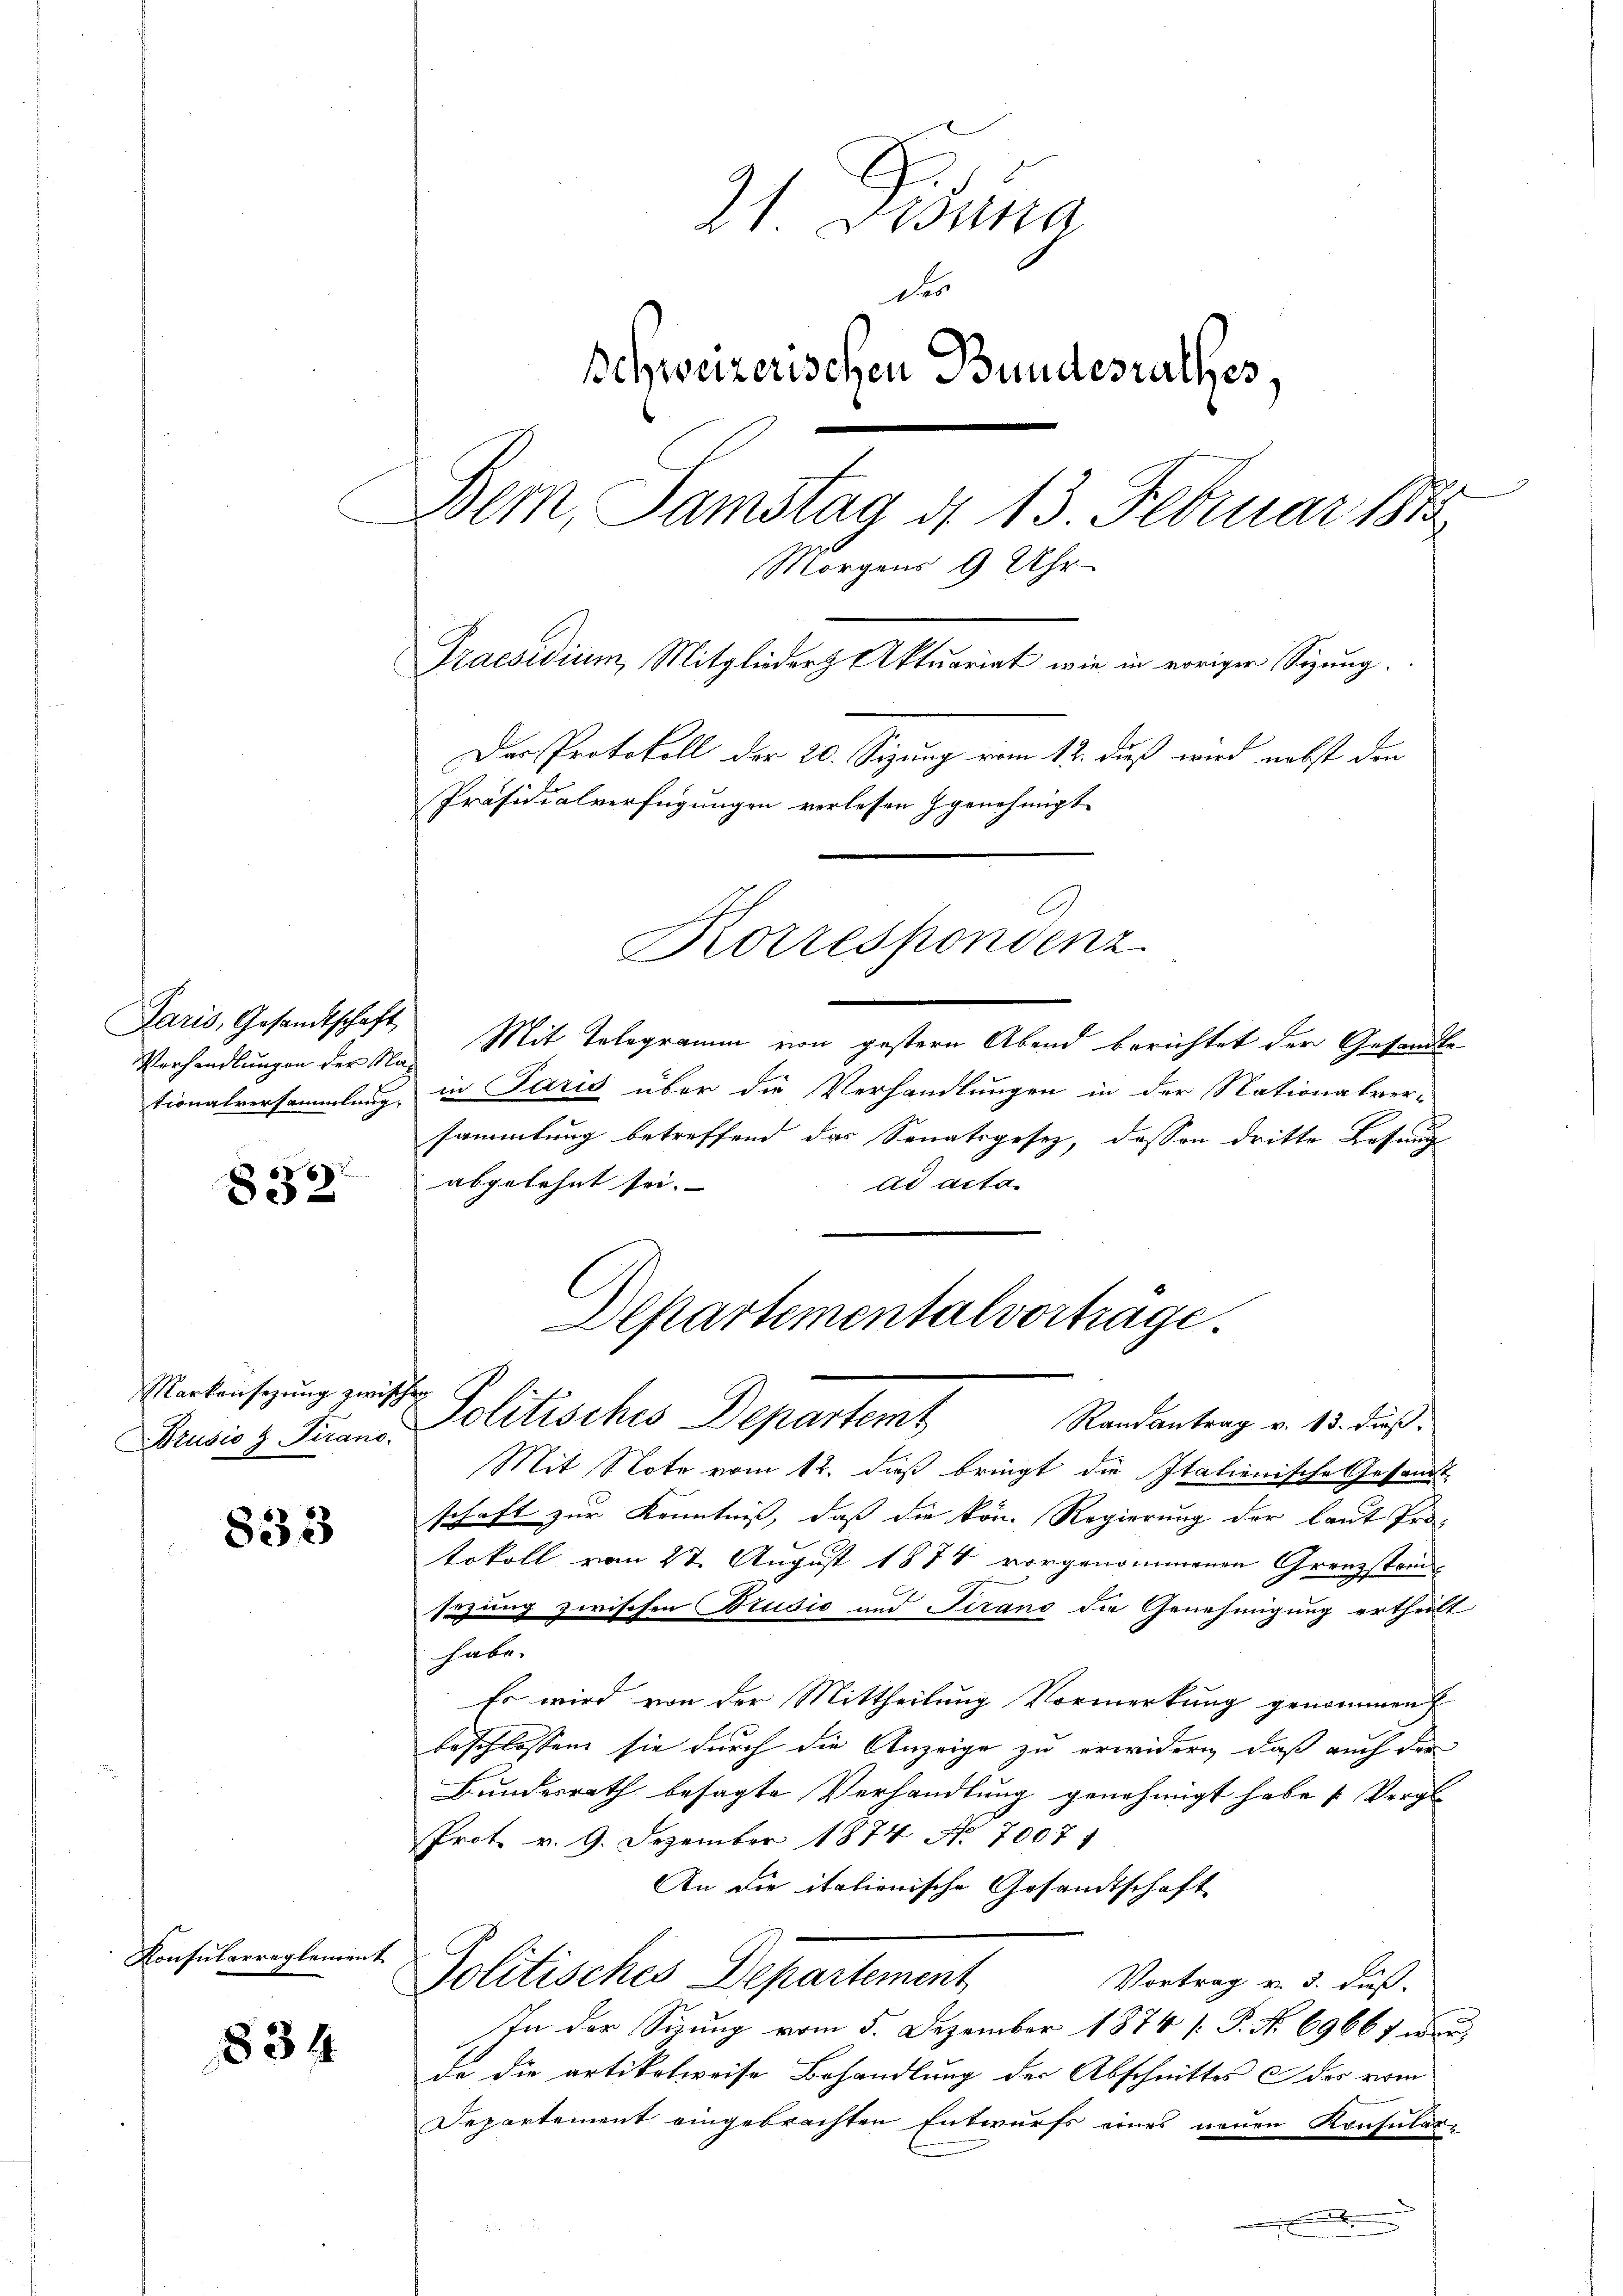
Paris, Gesandtschaft
Verhandlungen der Nationalversammlung,

832

Markensezung zwischen
Brusio & Tirano.

833

Konsularreglement

834

21 una
des
Schweizerischen Bundesrathes,
Bem, Samstag d. 13 Februar 188
Morgens 9 Uhr
Praesidium, Mitglieder Aktuariat wie in voriger Sitzung.
Der Protokoll der 20. Sizung vom 12. dieß wird nebst den
Präsidialverfügungen verlesen genehmigt.
Korrespondenz
Mit Telegramm von gestern Abend berichtet der Gesandte

in Paris über die Verhandlungen in der Nationalver-
sammlung betreffend das Senatsgesetz, dessen dritte Lesung
ad acta.
abgelehnt sei. |
Departementalvortrage.

Politisches Departemt
Randantrag v. 13. dieß,

Mit Note vom 12. dieß bringt die Italienische Gesandt
schaft zur Kenntniß, daß die kön. Regierung der laut Pro-
tokoll vom 27. August 1874 vorgenommenen Grenzstein
sezung zwischen Brusić und Tirano die Genehmigung ertheilt
habe.
Es wird von der Mittheilung Vormerkung genommen
beschlossen sie durch die Anzeige zu erwidern, daß auch der
Bundesrath besagte Verhandlung genehmigt habe Vergle
Prot. v. 9. Dezember 1874 No. 7007.
An die italionische Gesandtschaft
Politisches Departement
Vortrag v. 3. dieß.
In der Sizung vom 5. Dezember 1874 [ P. No 69661 wer
de die artikelweise Behandlung der Abschnittes des vom
Departement eingebrachten Entwurfs eines neuen Konsular-
.